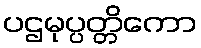
ပဌမုပ္ပတ္တိကော